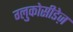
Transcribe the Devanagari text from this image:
ग्लुकोसीडेज़